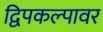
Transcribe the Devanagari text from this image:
द्विपकल्पावर